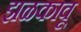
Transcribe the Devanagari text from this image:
झळकावू